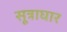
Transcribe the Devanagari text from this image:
सूत्राघार